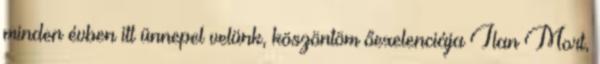
minden évben itt ünnepel velünk, köszöntöm őexelenciája Ilan Mort,